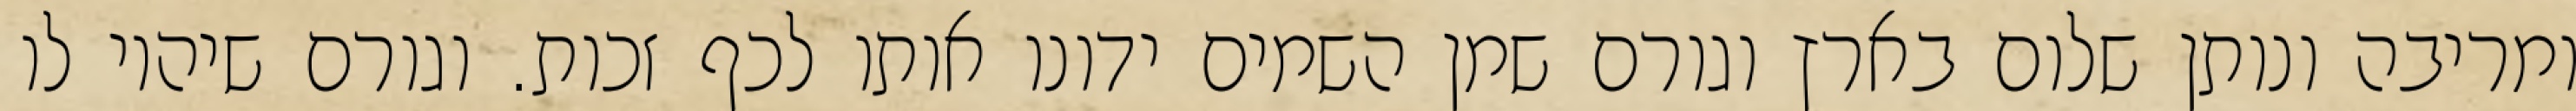
ומריבה ונותן שלום בארץ וגורם שמן השמים ידונו אותו לכף זכות. וגורם שיהיו לו